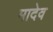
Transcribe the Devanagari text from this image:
मादेव